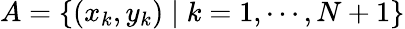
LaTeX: A=\{ (x_{k},y_{k})\mid k=1,\cdots,N+1\}